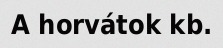
A horvátok kb.